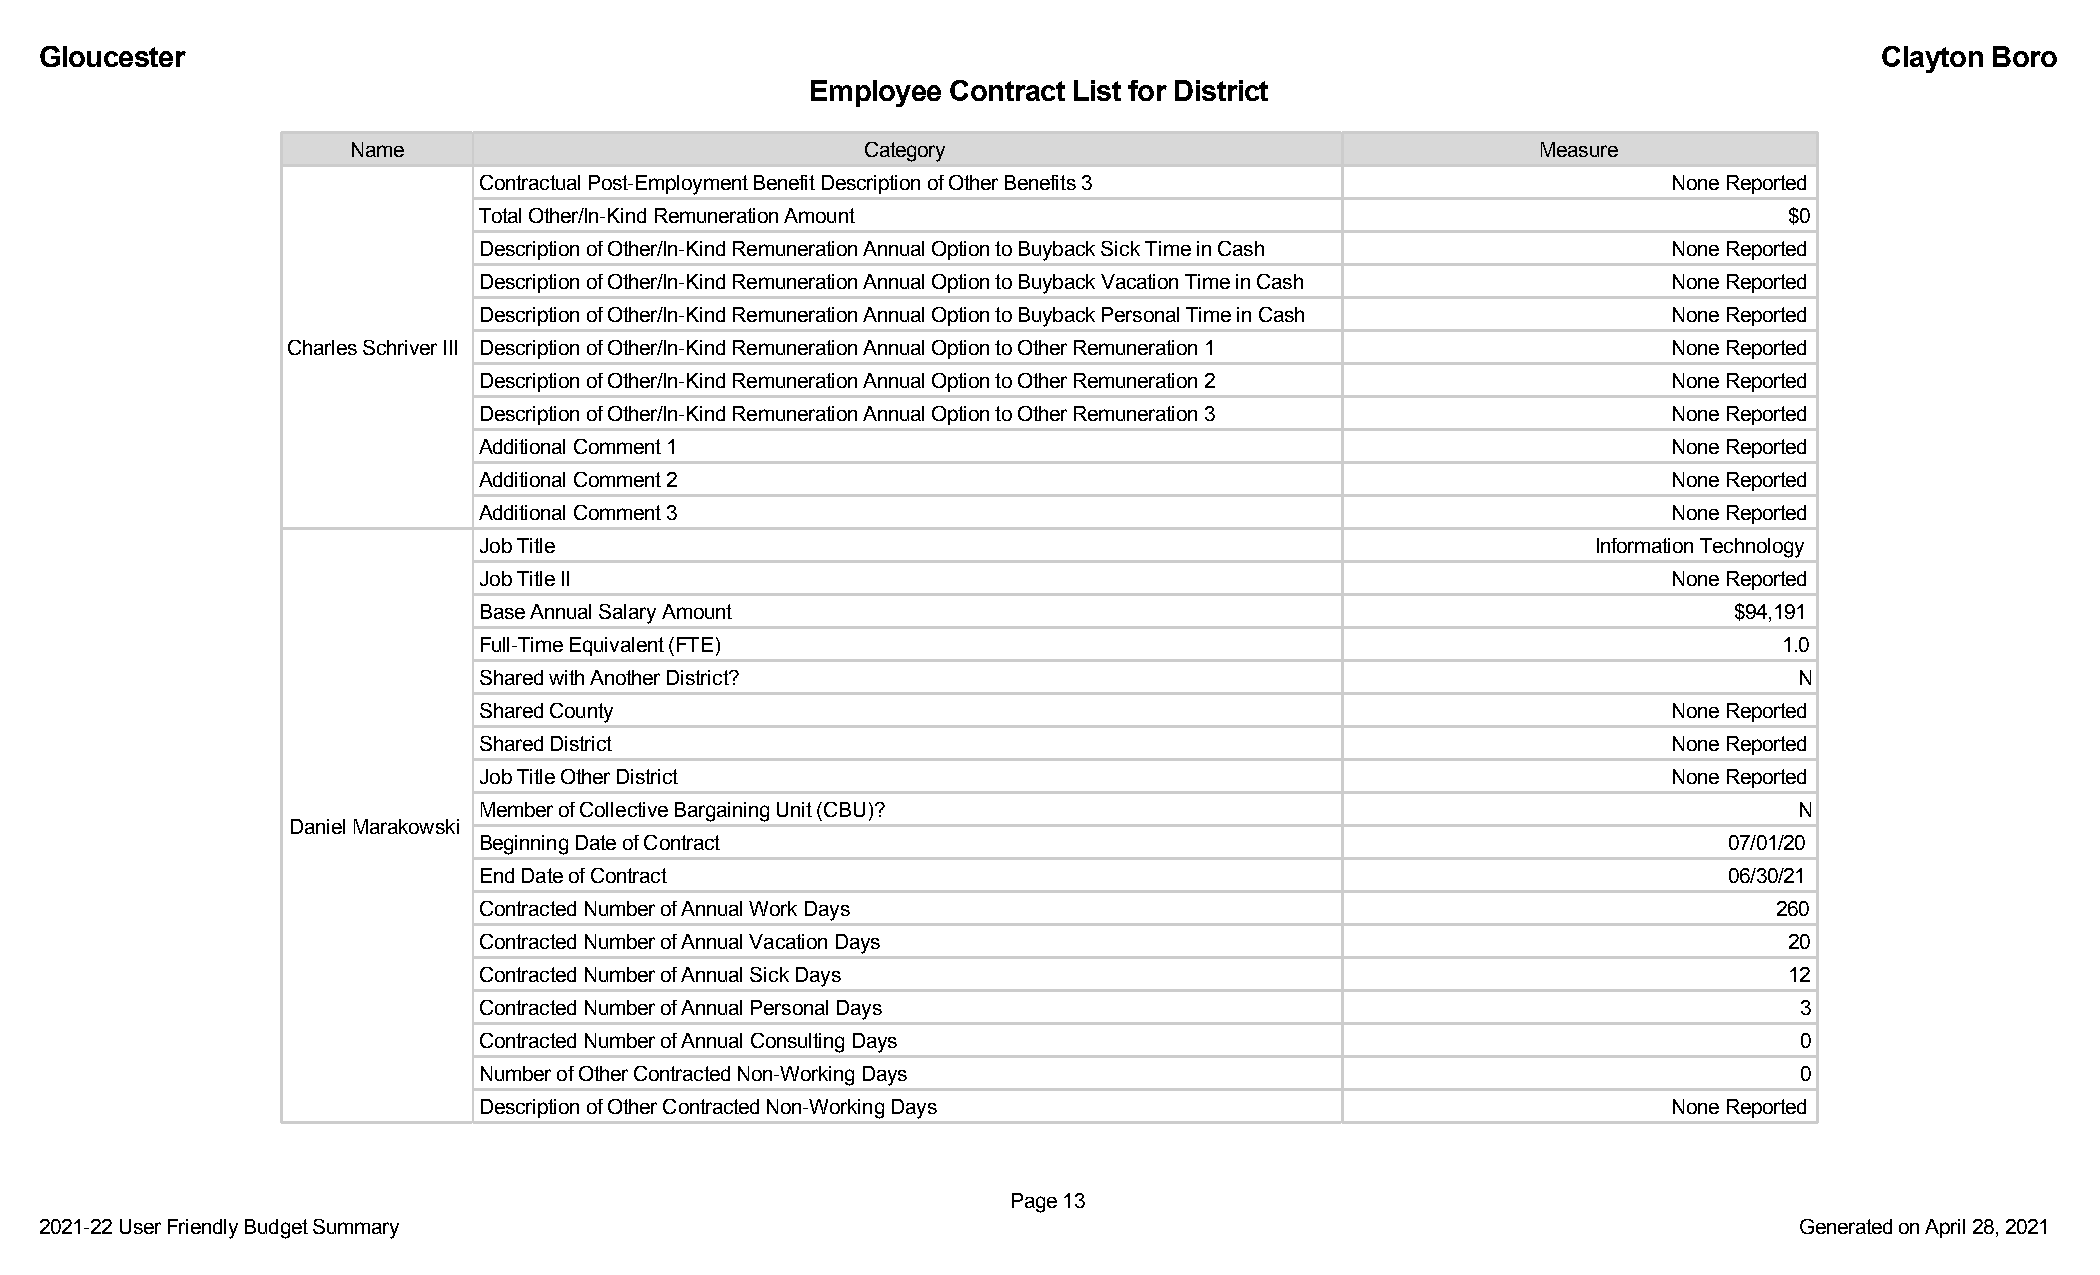
Gloucester                                                                                                                Clayton Boro
 Employee Contract List for District
 Name                              Category                                     Measure
 Contractual Post-Employment Benefit Description of Other Benefits 3            None Reported
 Total Other/In-Kind Remuneration Amount                                               $0
 Description of Other/In-Kind Remuneration Annual Option to Buyback Sick Time in Cash None Reported
 Description of Other/In-Kind Remuneration Annual Option to Buyback Vacation Time in Cash None Reported
 Description of Other/In-Kind Remuneration Annual Option to Buyback Personal Time in Cash None Reported
 Charles Schriver III Description of Other/In-Kind Remuneration Annual Option to Other Remuneration 1 None Reported
 Description of Other/In-Kind Remuneration Annual Option to Other Remuneration 2 None Reported
 Description of Other/In-Kind Remuneration Annual Option to Other Remuneration 3 None Reported
 Additional Comment 1                                                           None Reported
 Additional Comment 2                                                           None Reported
 Additional Comment 3                                                           None Reported
 Job Title                                                                 Information Technology
 Job Title II                                                                   None Reported
 Base Annual Salary Amount                                                          $94,191
 Full-Time Equivalent (FTE)                                                            1.0
 Shared with Another District?                                                          N
 Shared County                                                                  None Reported
 Shared District                                                                None Reported
 Job Title Other District                                                       None Reported
 Member of Collective Bargaining Unit (CBU)?                                            N
 Daniel Marakowski
 Beginning Date of Contract                                                        07/01/20
 End Date of Contract                                                              06/30/21
 Contracted Number of Annual Work Days                                                 260
 Contracted Number of Annual Vacation Days                                             20
 Contracted Number of Annual Sick Days                                                 12
 Contracted Number of Annual Personal Days                                              3
 Contracted Number of Annual Consulting Days                                            0
 Number of Other Contracted Non-Working Days                                            0
 Description of Other Contracted Non-Working Days                               None Reported
 Page 13
 2021-22 User Friendly Budget Summary                                                                                Generated on April 28, 2021